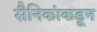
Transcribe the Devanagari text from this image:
सैनिकांकडून